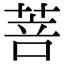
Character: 菩